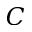
C